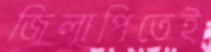
জিলাপিতেই